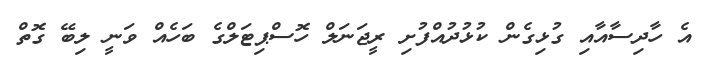
އެ ހާދިސާއާއި ގުޅިގެން ކުޅުދުއްފުށި ރީޖަނަލް ހޮސްޕިޓަލްގެ ބަހެއް ވަނީ ލިބޭ ގޮތް